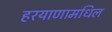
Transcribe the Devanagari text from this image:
हरयाणामधिल